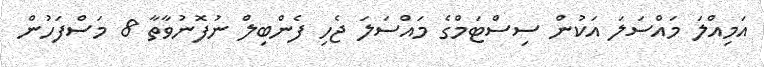
އަމިއްލަ މައްސަލަ އަކުން ސިސްޓަމްގެ މައްސަލަ ޖެހި ފެންބިލް ނުފޮނުވާތާ 8 މަސްފަހުން